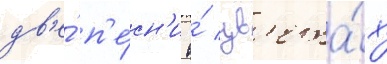
дв'е́ п'е́сн'и о́ цв'ета́х